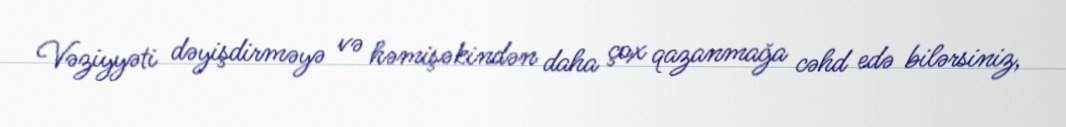
Vəziyyəti dəyişdirməyə və həmişəkindən daha çox qazanmağa cəhd edə bilərsiniz,